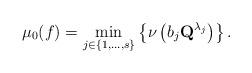
LaTeX: \begin{align*}\mu_0(f)=\min\limits_{j\in\{1,\dots,s\}}\left\{\nu\left(b_j\textbf{Q}^{\lambda_j}\right)\right\}.\end{align*}